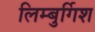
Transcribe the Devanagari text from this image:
लिम्बुर्गिश